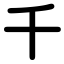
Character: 千